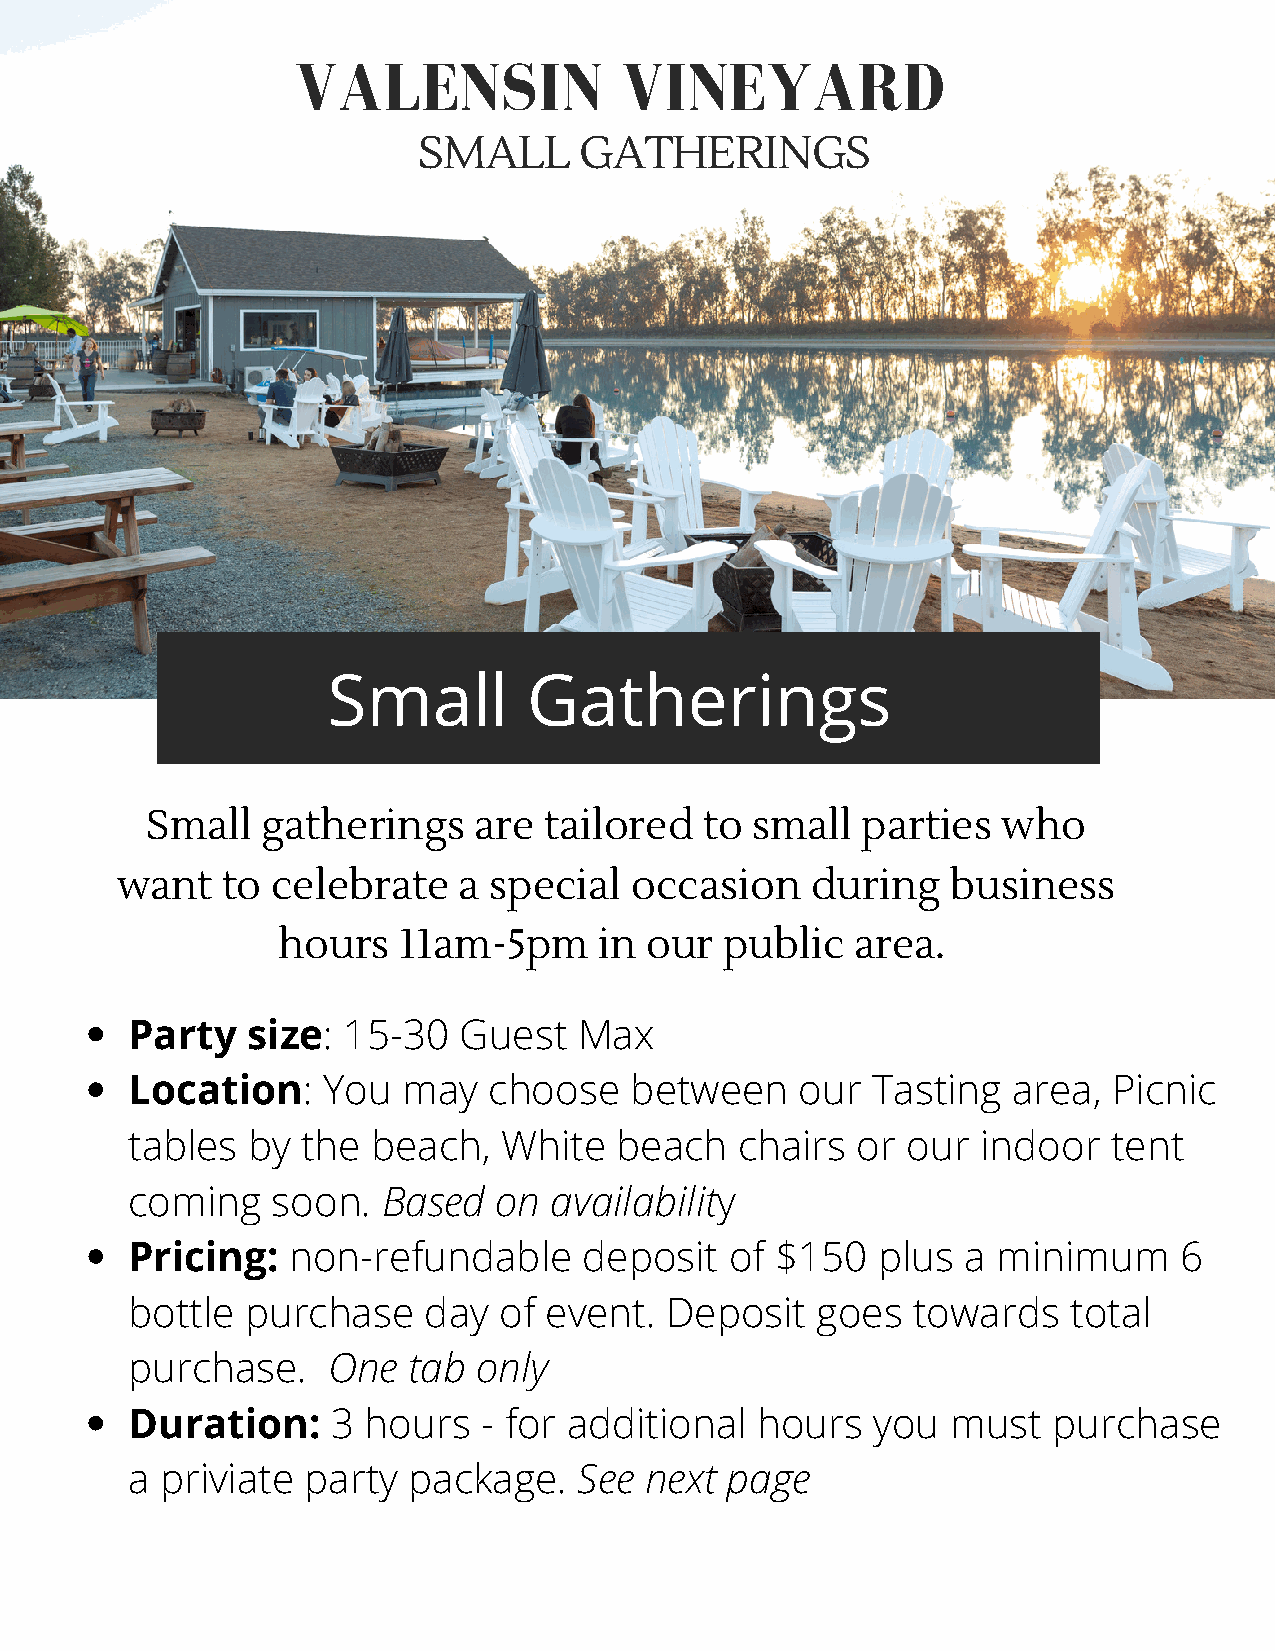
VALENSIN             VINEYARD
 SMALL     GATHERINGS
 Small        Gatherings
 Small  gatherings    are  tailored   to small  parties  who
 want   to celebrate   a special   occasion    during   business
 hours   11am-5pm      in our  public   area.
 Party   size:  15-30  Guest   Max
 Location:    You   may  choose    between    our  Tasting  area,  Picnic
 tables  by  the  beach,  White   beach   chairs  or our  indoor   tent
 coming    soon.  Based   on availability
 Pricing:   non-refundable      deposit  of $150   plus  a minimum     6
 bottle  purchase    day  of event.  Deposit   goes  towards    total
 purchase.     One  tab  only
 Duration:     3 hours   - for additional  hours   you  must   purchase
 a  priviate party  package.   See  next page